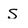
Character: S